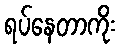
ရပ်နေတာကိုး